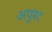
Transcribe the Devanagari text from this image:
अपुश्ट